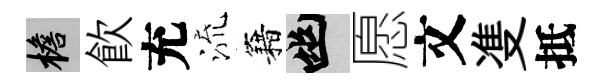
檐飮充流籍幽愿文㕠抵